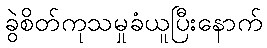
ခွဲစိတ်ကုသမှုခံယူပြီးနောက်